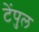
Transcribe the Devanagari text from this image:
टेंपुल